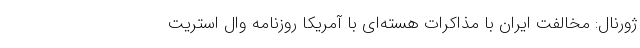
ژورنال: مخالفت ایران با مذاکرات هسته‌ای با آمریکا روزنامه وال استریت